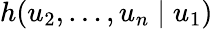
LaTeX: h(u_{2},\dots,u_{n}\mid u_{1})